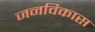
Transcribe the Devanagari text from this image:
जनविकास